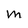
Character: M